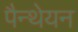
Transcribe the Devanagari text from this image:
पैन्थेयन